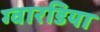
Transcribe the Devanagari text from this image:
ग्वारडिया